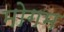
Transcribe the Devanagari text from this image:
मोगम